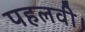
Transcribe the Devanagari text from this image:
पहलवी।